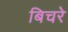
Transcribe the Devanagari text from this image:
बिचरे